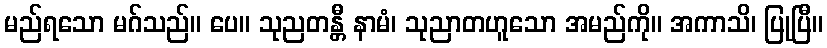
မည်ရသော မဂ်သည်။ ပေ။ သုညတန္တီ နာမံ၊ သုညာတဟူသော အမည်ကို။ အကာသိ၊ ပြုပြီ။